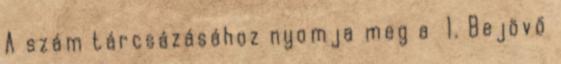
A szám tárcsázásához nyomja meg a 1. Bejövő